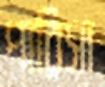
পারিসা